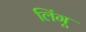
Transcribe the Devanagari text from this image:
लिंगू